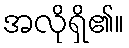
အလိုရှိ၏။